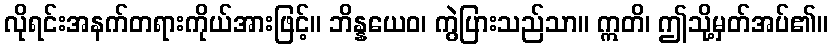
လိုရင်းအနက်တရားကိုယ်အားဖြင့်။ ဘိန္နယေဝ၊ ကွဲပြားသည်သာ။ ဣတိ၊ ဤသို့မှတ်အပ်၏။